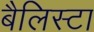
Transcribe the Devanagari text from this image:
बैलिस्टा